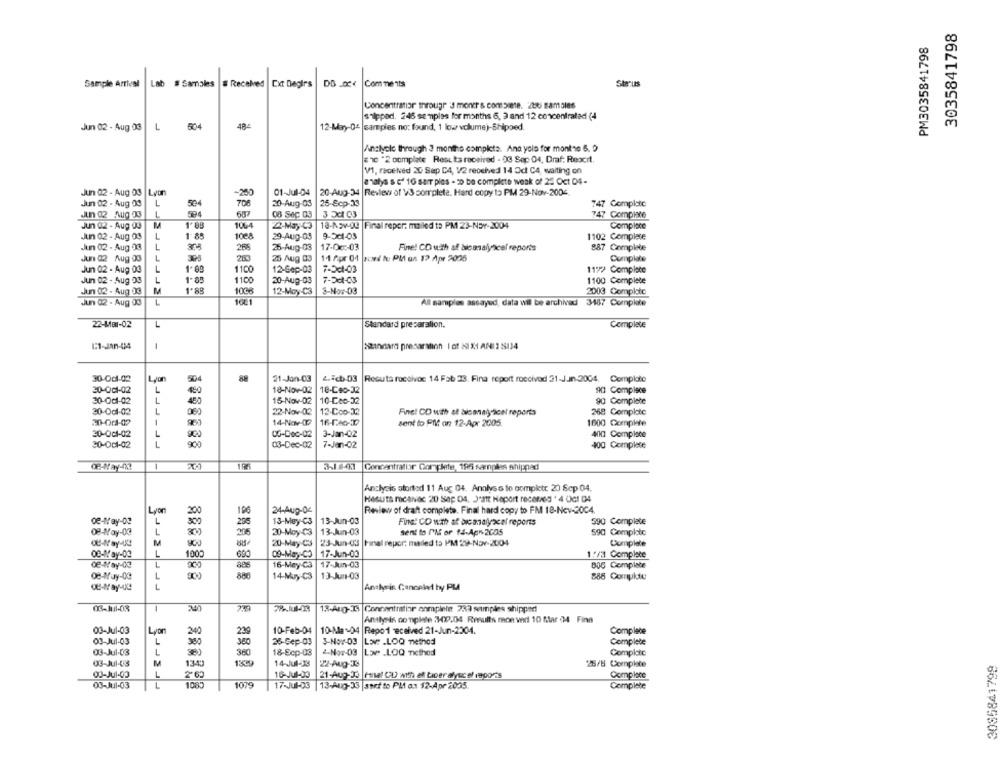
3035841798
PM3035841798
Sample Arrival
Lab # Samples # Received |Cxt Degirs
DB .00€ Comments
Strus
Concentratior through 3 mon's complete. 200 samoles
shipped. 246 samples for months 6, 3 and 12 concentrated (4
Jun 02 - Aug 03
L
12-May-04 |samples no: found, 1 low volume)-Shipped
Analycle through 2 months completa. Ana yola for month0 6, 0
="0 "2 oomplate Resulta reotired - 03 Sep 04, Draf: Reocit.
V1. received 20 Sap C4, V2 reochved 14 Od CA, waiting on
analys & c' 16 sar ples - 2D be complete weak of 25 Oct 04-
Jun 02 - Aug 03 Lyon
-250
01-Jul-04
20-Aug-34 |Review of VS somrplete. Hard copy to PM 29-Nov-2004
Jun 02 - Aug 03
L
504
20-Aug-03
25-Scp-33
747 Complete
An 42 Aug 03
L
687
06 Sec 03
3 5c1 03
747 Complace
Jun 02 - Aug 03
1'89
1064
22-May-C3
18-Av-04 |Final reper: mailed to PM 23-NOV-2004
Complete
An 02 - Aug 03
L
1 85
1008
29-Aug-03
9-5c1-03
1102 Complete
Jun 02 - Aug 03
L
265
25-Aug-03
17-00 :- 03
Fine! CO with af bicanalyscel reports
887 Complete
Jun 02 Aug 03
1
25 Aug 03
14 Apr 04 |aoed fu Pl on 12 Apr 2006
Complete
Jun 02 - Aug 03
1-09
1100
12-Sep-03
7-Dc1-03
119> Complete
Jun 02 - Aug 03
L
1-88
1100
20-Aug-03
7-501-03
1100 Complete
Jun 02 . Aug 03
M
1'88
1008
12-May-C3
3-Nor-03
2003 Complotc
Jun 02 - Aug 03
1
1001
All samples assayed, data wil be archived 3467 Complete
22-4181-02
L
Standard prezaralion.
Complete
1:1-Jan-04
1
sinnara presaraton I ot 2I XI ANI 2 5134
30-001-02
50€
88
21-Jan-03
2 .: cb-03 |Recuta rocolvoc 14 Fab 33. Fina report roccivod 31-Jun-2004, Comploto
L
18-Nov-02 18-Ceo-32
90 Complace
20-001-02
30-Ocl-02
L
15-Nov-02
10-Ceo-32
90 Complete
20-Odl-02
L
22-Nov-02
12-Coo-32
Fine! CD with at bicanaly ticel reports
268 Complete
20-Or-02
1
14-Nov-012
sent to Pili on 12-Apr 2005.
1600 Complete
20-001-02
L
0G-DOC-02
3-Jan-02
400 Complace
30-001-02
L
900
03-Dec-02
7-Jen-02
400 Complete
195
De-Way-Ne
3-1 2-03
Concentratior Complete, 196 samples shipped
Analysis stortod 11 Aug 04. Analyss to complete 20 Scp 04.
Hesuts realvac 20 Sap Os, J'att Haport recemed . 4 OCI 04
Lyon
196
24-Aug-04
Review of draft complete. Final hard copy to FM 18-Nov-2004.
298
13-Mey-C3
13-Jun-03
Finns! CO with af bic malyacal reports
390 Complete
02-Way-03
276
13-Jun-03
sent to I'M or 14-Apr 2005
590 Completo
M
@-May-UC
900
158
20-May-
23-Jun-03 |Final repor; mailed to PM 29-Nov-2004
Complete
OB-Way-03
L
1000
69
09-May-CO
17-Jun-03
1 2/3 Complete
œ-way-03
16-Mey-C3
17-Jun-03
BOG Complete
L
88
œ-Way-0G
L
880
14-Muy-C3
13-Jun-03
888 Comukte
œ-way-4℃
L
Analysis Cancelar hy PLA
03-141-03
78-101-03
13-Aug-I Concentratior enmplele 233 samples shipped
Antlysis complete 02.04 Results mon vedl 10 Mar 04 Fina
03-Jul-03
Lyon
23
10-Feb-04
10-Ma-04 |Repo1 received 21-Jun-2004.
Complete
03-Jul-03
242
L
360
26-Gep-03
3-Nov-03
Love .LOQ method
Complete
03-Jul-03
L
360
18-Ecp-03
4-Nov-03
Low _LOQ Ticthod
Complete
03-Jul-03
M
1343
14-Jul-38
22-Aug-Xs
3085841799
28/8 Complete
Od-Jul-03
L
16-Jul-03
21-Aug-Ja |Hanal CU with al Liber alysc sf reports
Complete
03-Jul-03
1083
1079
17-Jul-03
13-Aug-33 |sert to Plf a .: 12-Apr 2055
Complete